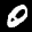
Label: 0